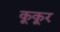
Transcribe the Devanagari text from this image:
कूकूर